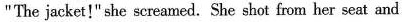
"The jacket!" she screamed. She shot from her seat and